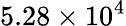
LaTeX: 5.28\times 10^{4}